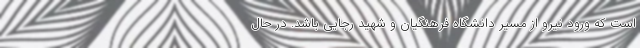
است که ورود نیرو از مسیر دانشگاه فرهنگیان و شهید رجایی باشد. در حال